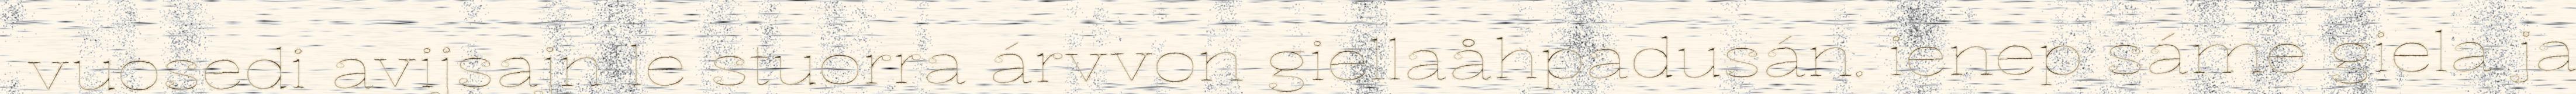
vuosedi avijsajn le stuorra árvvon giellaåhpadusán. ienep sáme giela ja